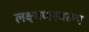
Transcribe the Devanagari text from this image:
लक्ष्मणस्वरूप